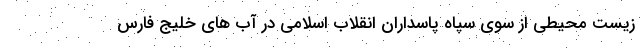
زیست محیطی از سوی سپاه پاسداران انقلاب اسلامی در آب های خلیج فارس